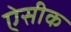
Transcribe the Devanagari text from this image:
ऐसीक